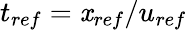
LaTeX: t_{ref}=\mathit{x}_{ref}/u_{ref}